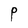
Character: P